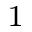
^ { 1 }